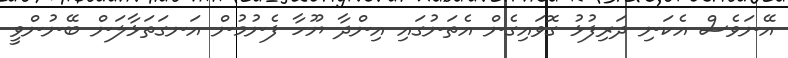
އޭނަވެސް އެކަނި ދަރިފުޅު ގޮވައިގެން އެތަނުގައި އިންދާ ޔޫހާ ފެނުމުން އަނގަތަޅާލަން ބޭނުންވީ